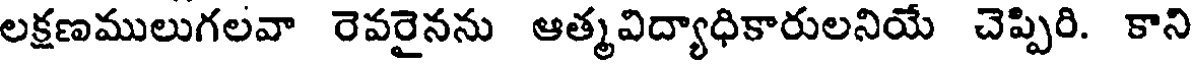
లక్షణములుగలవా రెవరైనను ఆత్మవిద్యాధికారులనియే చెప్పిరి. కాని